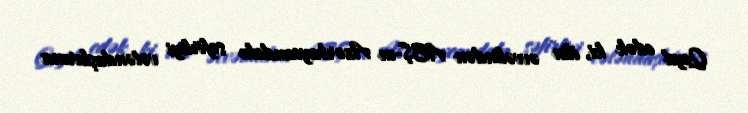
Qeyd edək ki, ilin əvvəlindən ABŞ-ın Azərbaycandakı səfirliyi vətəndaşlarına